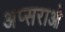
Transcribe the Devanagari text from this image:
अप्सराओ